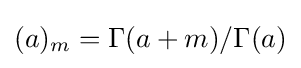
(a)_{m}=\Gamma (a+m)/\Gamma (a)